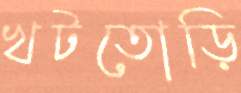
খটতোড়ি